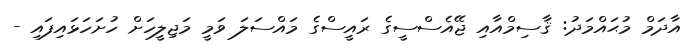
އާދަމް މުޙައްމަދު: ޤާސިމްއާއި ޖޭއެސްސީގެ ރައީސްގެ މައްސަލަ ވަމީ މަޖިލީހަށް ހުށަހަޅައިފައި -